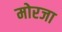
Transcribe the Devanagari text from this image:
मोरजा